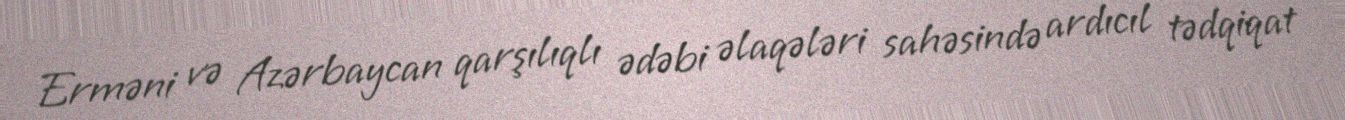
Erməni və Azərbaycan qarşılıqlı ədəbi əlaqələri sahəsində ardıcıl tədqiqat